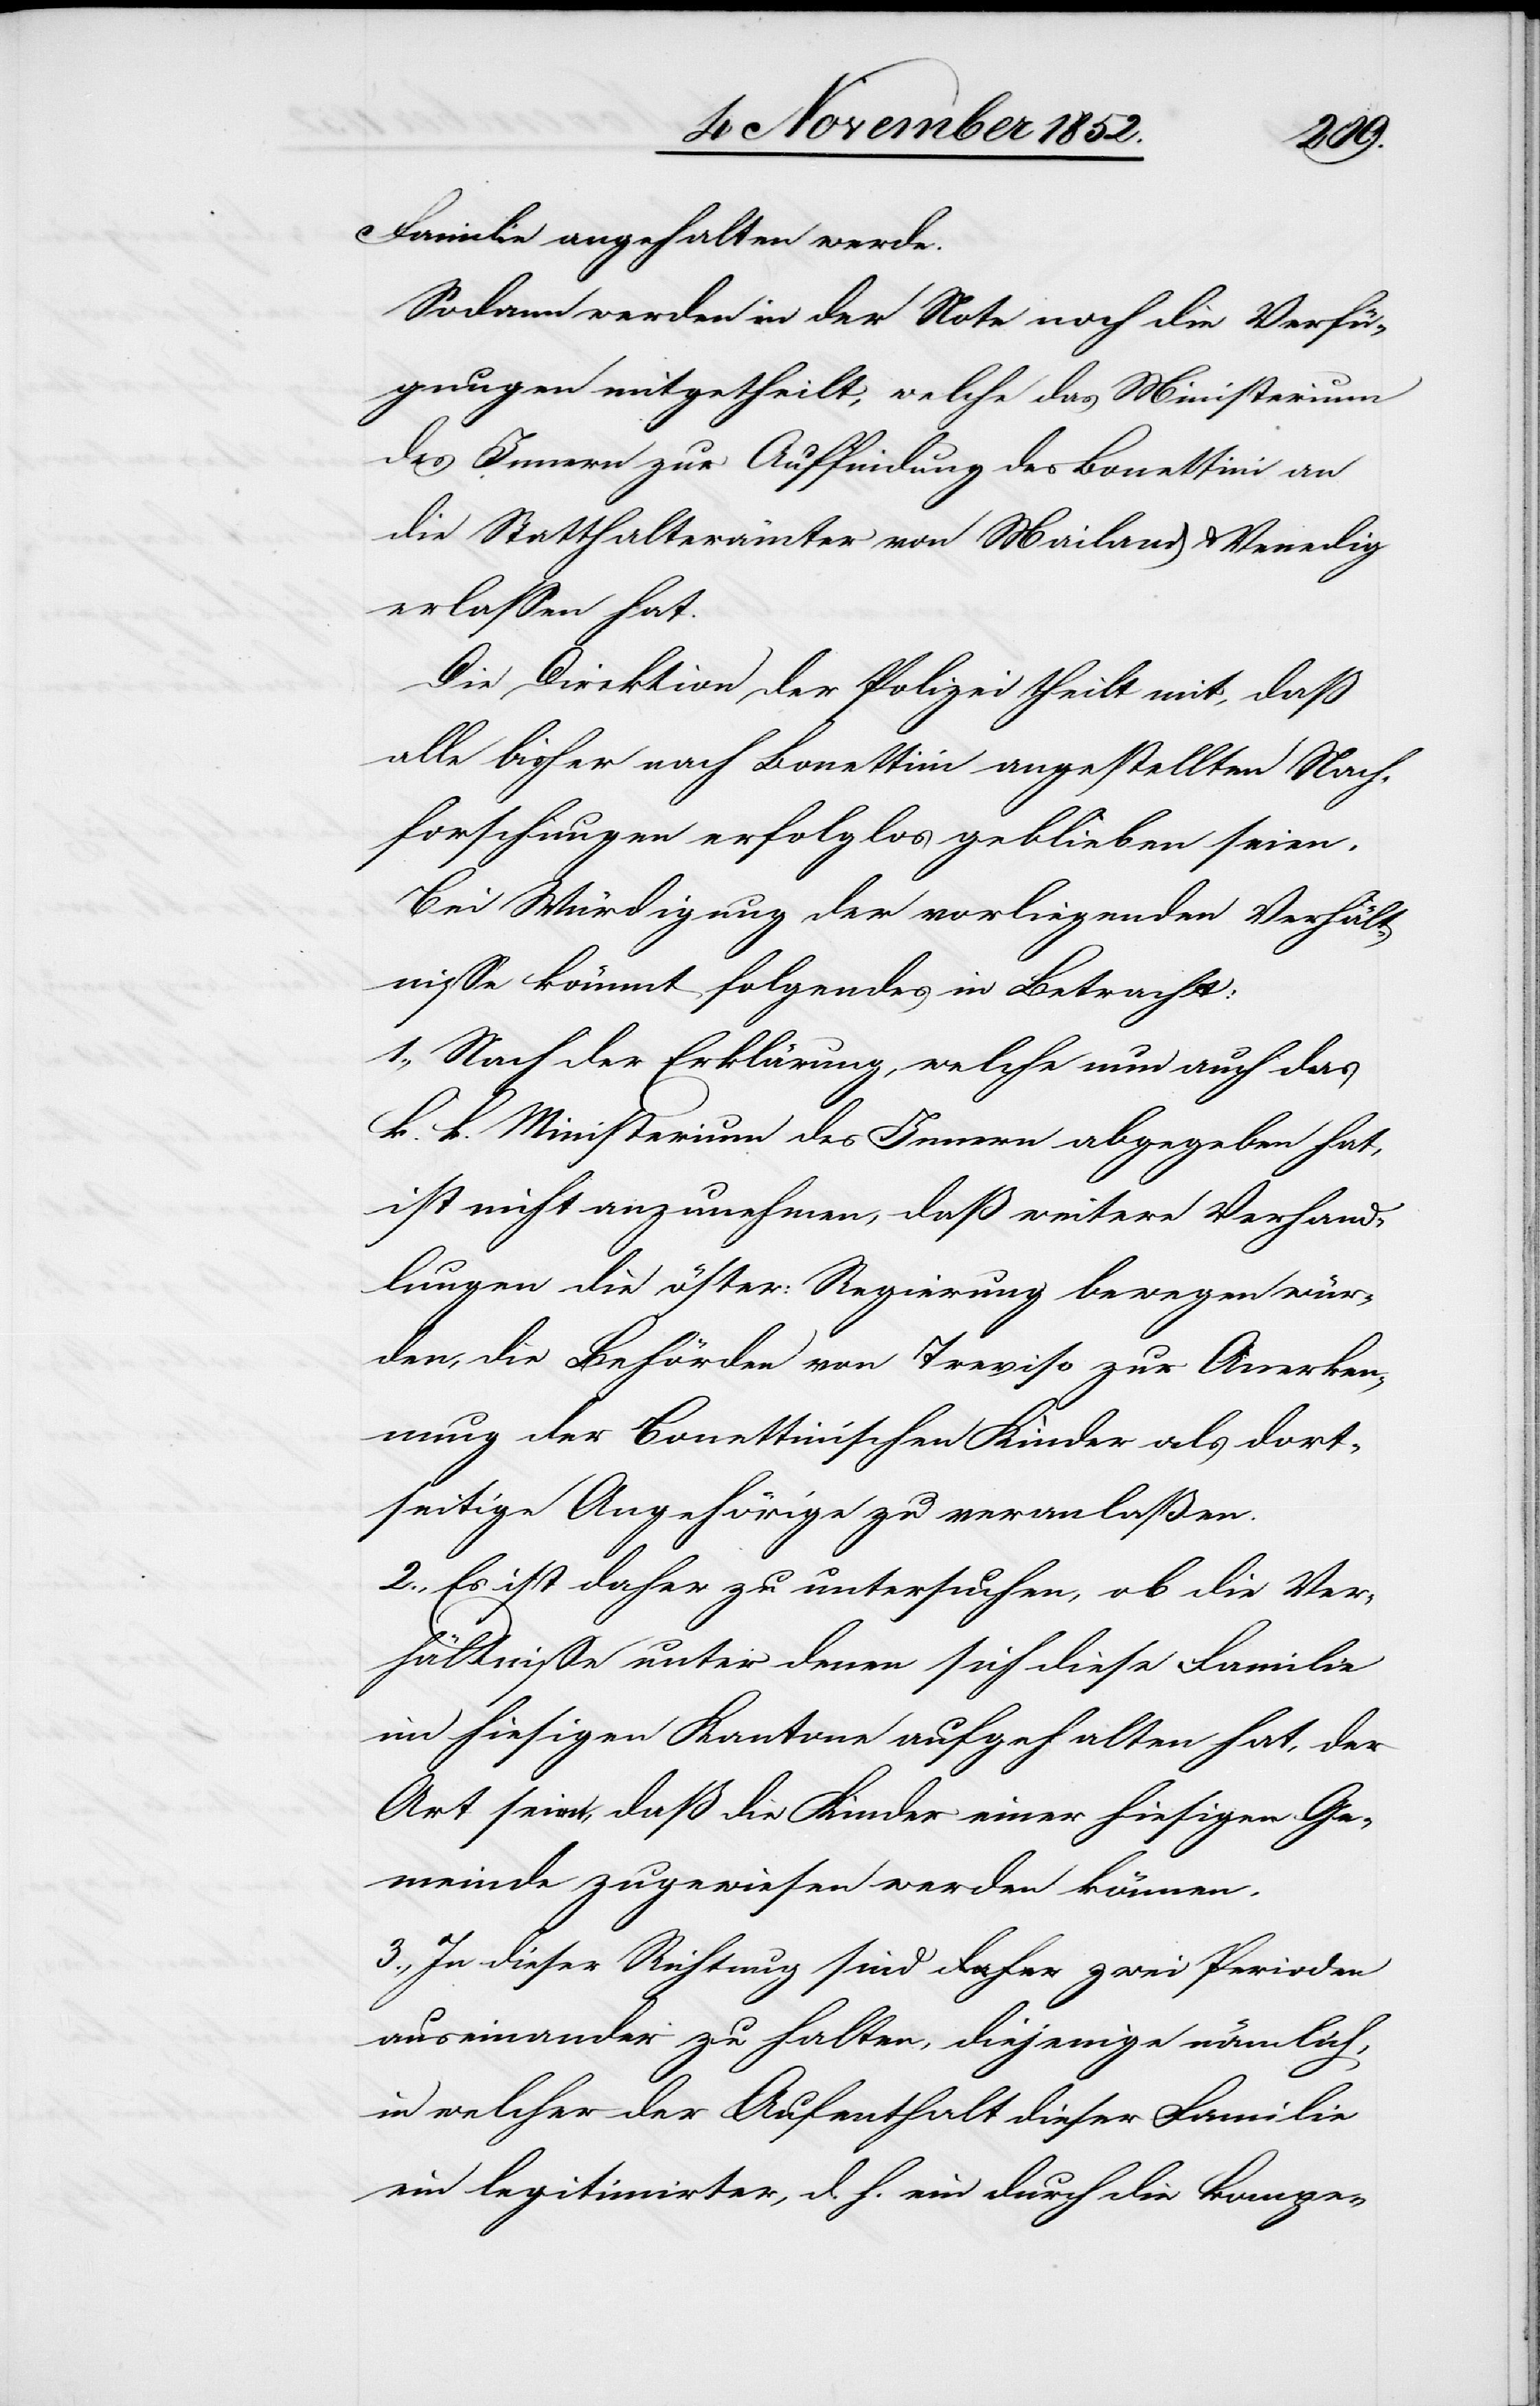
Familie angehalten werde.
Sodann werden in der Note noch die Verfü¬
gungen mitgetheilt, welche das Ministerium
des Innern zur Auffindung des Bonettini an
die Statthalterämter von Mailand & Venedig
erlassen hat.
Die Direktion der Polizei theilt mit, daß
alle bisher nach Bonettini angestellten Nach¬
forschungen erfolglos geblieben seien.
Bei Würdigung der vorliegenden Verhält¬
nisse kömmt folgendes in Betracht:
1., Nach der Erklärung, welche nun auch das
k. k. Ministerium des Innern abgegeben hat,
ist nicht anzunehmen, daß weitere Verhand¬
lungen die öster: Regierung bewegen wür¬
den, die Behörden von Treviso zur Anerken¬
nung der Bonettinischen Kinder als dort¬
seitige Angehörige zu veranlaßen.
2., Es ist daher zu untersuchen, ob die Ver¬
hältnisse unter denen sich diese Familie
im hiesigen Kantone aufgehalten hat, der
Art seien, daß die Kinder einer hiesigen Ge¬
meinde zugewiesen werden können.
3., In dieser Richtung sind a-daher-a zwei Perioden
auseinander zu halten, diejenige nämlich,
in welcher der Aufenthalt dieser Familie
ein legitimirter, d. h. ein durch die kompe-